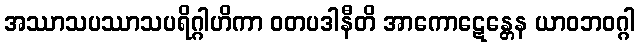
အဿာသပဿာသပရိဂ္ဂါဟိကာ ဝတပဒါနီတိ အာကောဋေန္တေန ယာဝဘဝဂ္ဂါ